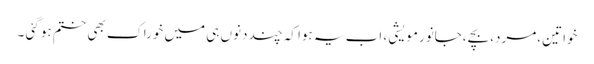
خواتین ،مرد،بچے ،جانور مویشی ، اب یہ ہوا کہ چند دنوں ہی میں خوراک بھی ختم ہو گئی ۔